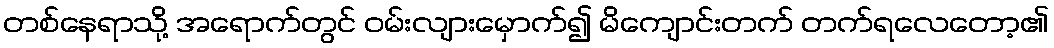
တစ်နေရာသို့ အရောက်တွင် ဝမ်းလျားမှောက်၍ မိကျောင်းတက် တက်ရလေတော့၏